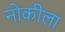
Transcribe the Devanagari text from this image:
नोकीला